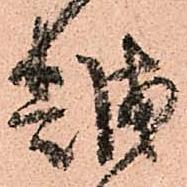
越